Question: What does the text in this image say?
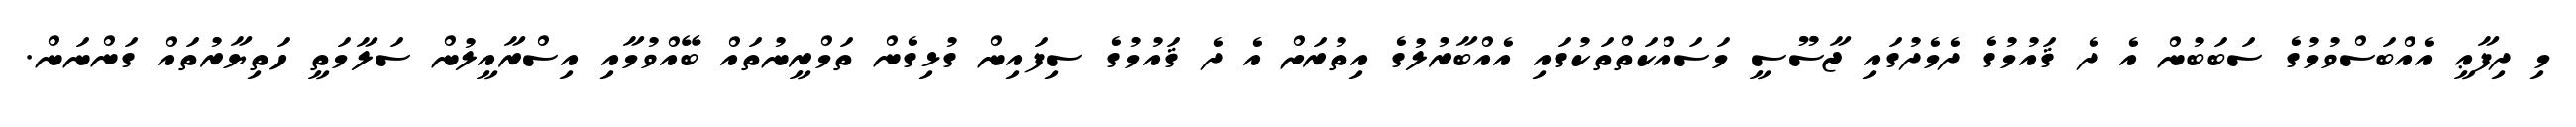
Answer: މި ދިފާޢީ އެއްބަސްވުމުގެ ސަބަބުން އެ ދެ ޤައުމުގެ ދެމެދުގައި ޖާސޫސީ މަސައްކަތްތަކުގައި އެއްބާރުލުގެ އިތުރަށް އެ ދެ ޤައުމުގެ ސިފައިން ގުޅިގެން ތަމްރީނުތައް ބޭއްވުމާއި އިސްރާއީލުން ސަލާމަތީ ހަތިޔާރުތައް ގަންނަން.